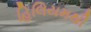
હિલિયમથી